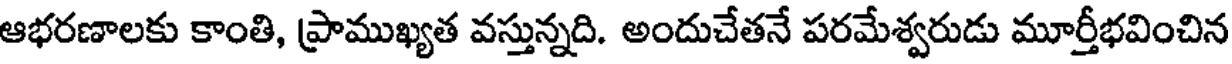
ఆభరణాలకు కాంతి, ప్రాముఖ్యత వస్తున్నది. అందుచేతనే పరమేశ్వరుడు మూర్తీభవించిన